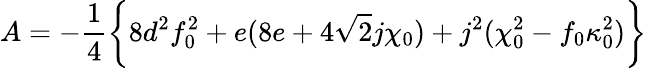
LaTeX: A=-{\frac{1}{4}}\biggl\{ 8d^{2}f_{0}^{2}+e(8e+4\sqrt 2j\chi_{0})+j^{2}(\chi_{0}^{2}-f_{0}\kappa_{0}^{2})\biggr\}